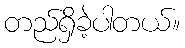
တည်ရှိခဲ့ပါတယ်။